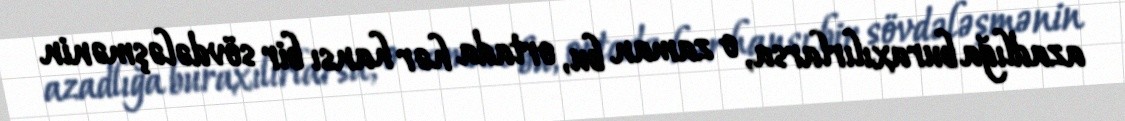
azadlığa buraxılırlarsa, o zaman bu, ortada hər hansı bir sövdələşmənin